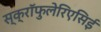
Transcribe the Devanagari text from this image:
स्क्रॉफुलेरिएसिई